Scottish Leaving Certificate Examination, 1956
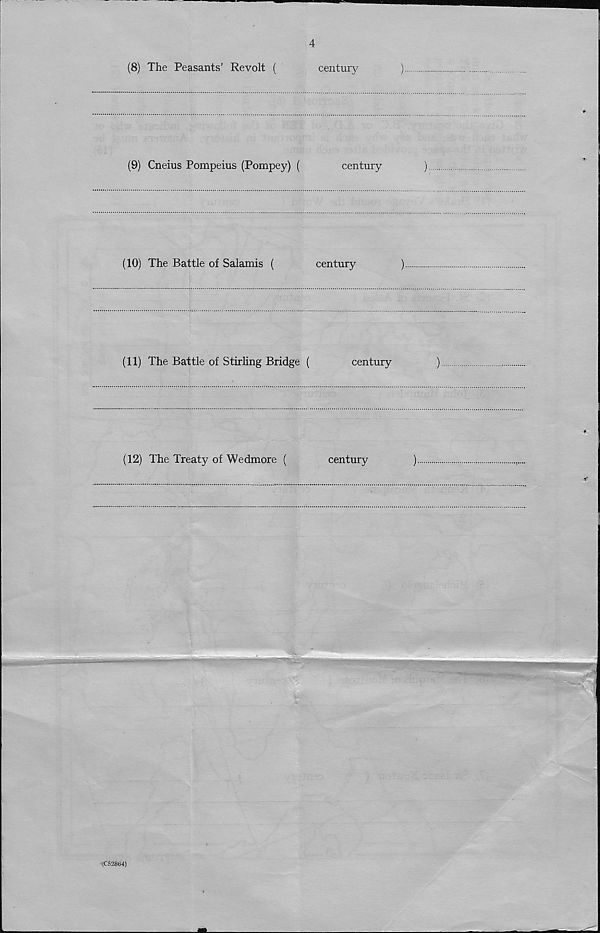
4
(8) The Peasants’ Revolt (
century
(9) Cneius Pompeius (Pompey) (
century
(10) The Battle of Salamis (
century
)
(11) The Battle of Stirling Bridge (
century
)
(12) The Treaty of Wedmore (
century
)
V {C52864)